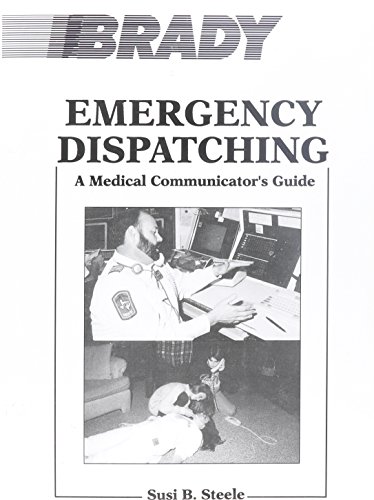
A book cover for Emergency Dispatching: A Medical Communicator's Guide; Susi B. Steele; Medical Books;